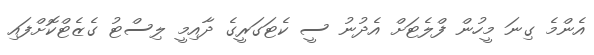
އެންމެ ގިނަ މީހުން ފްލެޓަށް އެދުނު ސީ ކެޓަގަރީގެ ދާއިމީ ލިސްޓު ގެޒެޓްކޮށްފައި